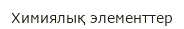
Химиялық элементтер